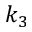
k _ { 3 }